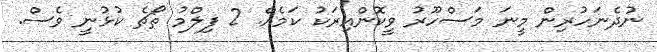
ނުދެނަހުރިން މީނަ މަސްހޫރު ވީކޮންއިރަކު ކަމެއް. 2 ފިލްމު ތޯޗެ ކުޅުނީ ވެސް.